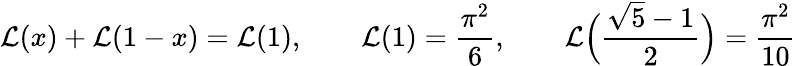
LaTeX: {\cal L}(x)+{\cal L}(1-x)={\cal L}(1),\qquad{\cal L}(1)={\frac{\pi^{2}}{6}},\qquad{\cal L}\Big({\frac{\sqrt{5}-1}{2}}\Big)={\frac{\pi^{2}}{10}}